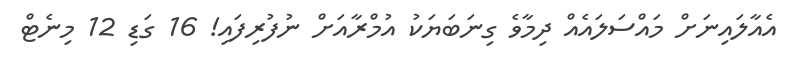
އެއާލައިނަށް މައްސަލައެއް ދިމާވެ ގިނަބަޔަކު އުމްރާއަށް ނުފުރިފައި! 16 ގަޑި 12 މިނެޓް